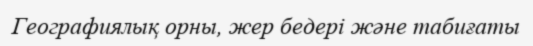
Географиялық орны, жер бедері және табиғаты